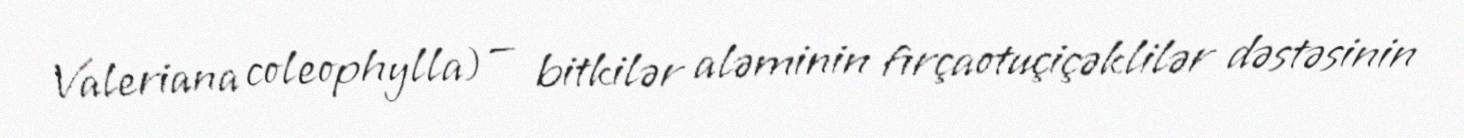
Valeriana coleophylla) — bitkilər aləminin fırçaotuçiçəklilər dəstəsinin